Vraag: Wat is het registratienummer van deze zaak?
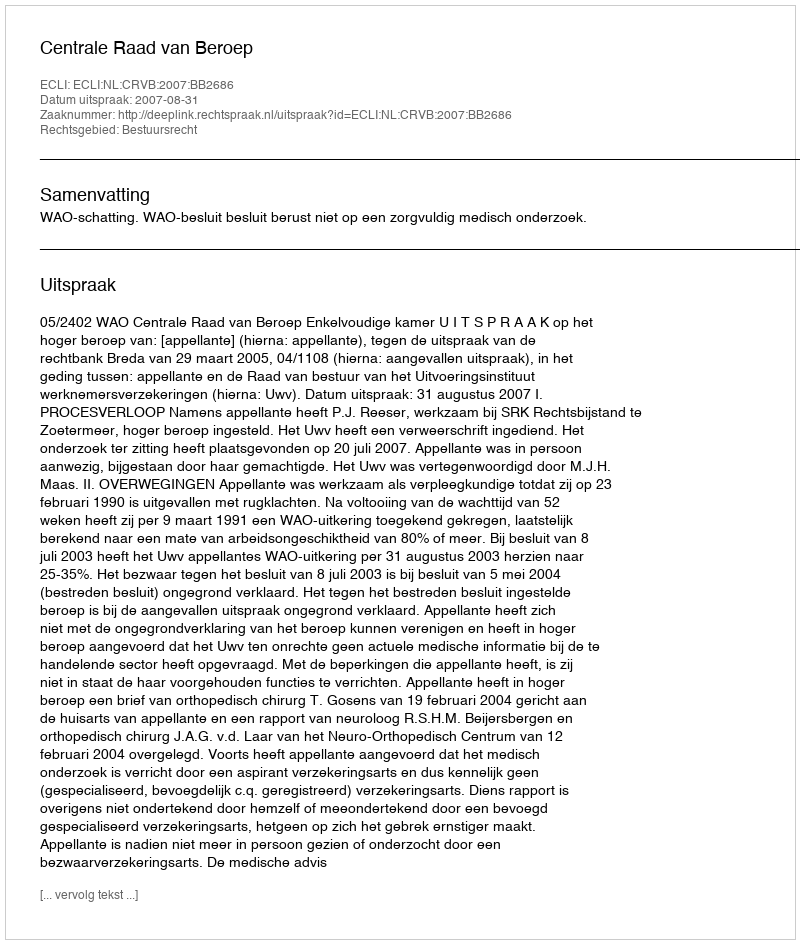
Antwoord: http://deeplink.rechtspraak.nl/uitspraak?id=ECLI:NL:CRVB:2007:BB2686